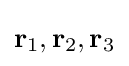
\mathbf {r} _{1},\mathbf {r} _{2},\mathbf {r} _{3}